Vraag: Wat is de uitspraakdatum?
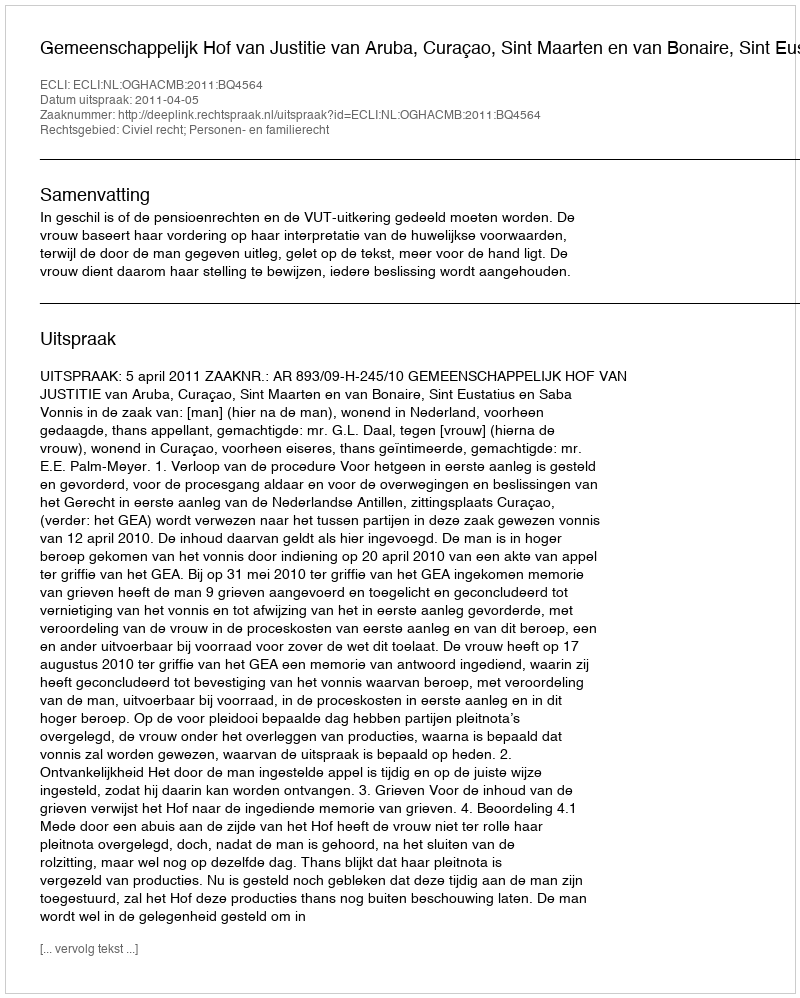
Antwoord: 2011-04-05